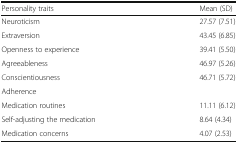
| Personality traits | Mean (SD) |
 | --- | --- |
 | Neuroticism | 27.57 (7.51) |
 | Extraversion | 43.45 (6.85) |
 | Openness to experience | 39.41 (5.50) |
 | Agreeableness | 46.97 (5.26) |
 | Conscientiousness | 46.71 (5.72) |
 | Adherence |  |
 | Medication routines | 11.11 (6.12) |
 | Self-adjusting the medication | 8.64 (4.34) |
 | Medication concerns | 4.07 (2.53) |